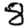
Digit: 8